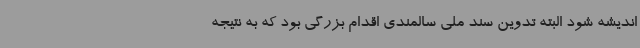
اندیشه شود البته تدوین سند ملی سالمندی اقدام بزرگی بود که به نتیجه